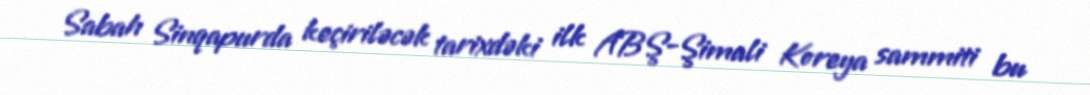
Sabah Sinqapurda keçiriləcək tarixdəki ilk ABŞ-Şimali Koreya sammiti bu